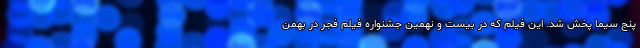
پنج سیما پخش شد. این فیلم که در بیست و نهمین جشنواره فیلم فجر در بهمن